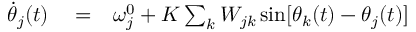
\begin{array} { r l r } { \dot { \theta } _ { j } ( t ) } & { { } = } & { \omega _ { j } ^ { 0 } + K \sum _ { k } W _ { j k } \sin [ \theta _ { k } ( t ) - \theta _ { j } ( t ) ] } \end{array}